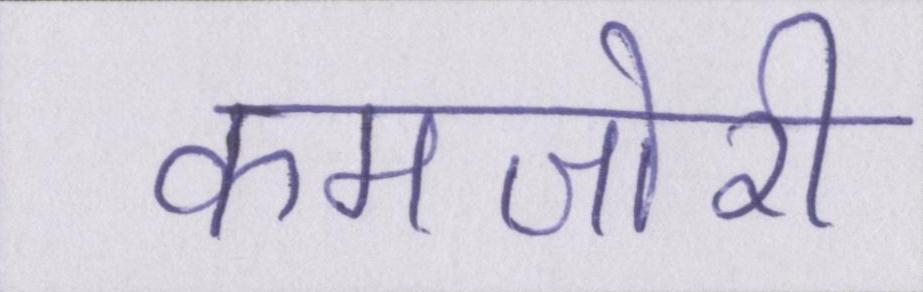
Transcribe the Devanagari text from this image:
कमजोरी